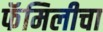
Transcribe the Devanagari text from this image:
फॅमिलीचा